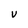
Character: V